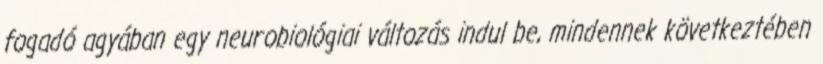
fogadó agyában egy neurobiológiai változás indul be, mindennek következtében